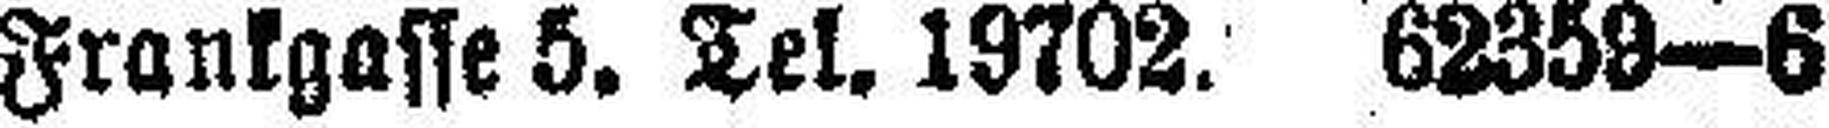
Frankgasse 5. Tel. 19702. 62359—6